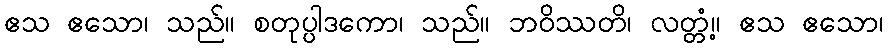
ဧသ ဧသော၊ သည်။ စတုပ္ပါဒကော၊ သည်။ ဘဝိဿတိ၊ လတ္တံ့။ ဧသ ဧသော၊